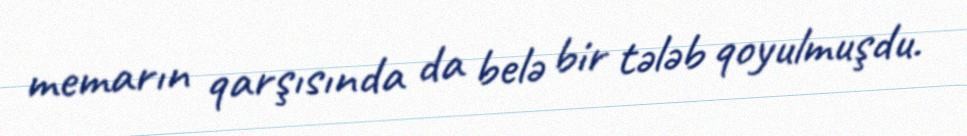
memarın qarşısında da belə bir tələb qoyulmuşdu.